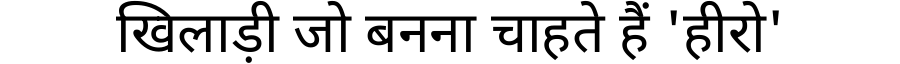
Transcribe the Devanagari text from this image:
खिलाड़ी जो बनना चाहते हैं 'हीरो'